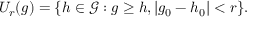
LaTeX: U _ { r } ( g ) = \{ h \in { \mathcal { G } } : g \geq h , | g _ { 0 } - h _ { 0 } | < r \} .